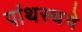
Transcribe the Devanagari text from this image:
पांथस्थचे